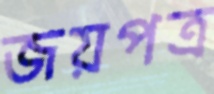
জয়পত্র